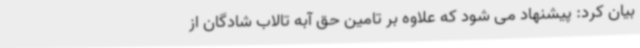
بیان کرد: پیشنهاد می شود که علاوه بر تامین حق آبه تالاب شادگان از